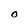
Character: O